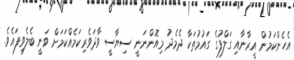
އެހެންކަމުން އީރާނާއި ގަލްފުގެ ގައުމުތަކާ ދެމެދު މިއޮންނަނީ ސިޔާސީ ވާދަވެރިކަމެއްކަމަށް ވަނީ ބެލެވިފައެވެ.